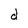
Character: d